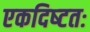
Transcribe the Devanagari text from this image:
एकदिष्‍टतः